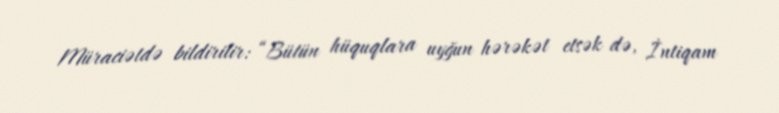
Müraciətdə bildirilir: “Bütün hüquqlara uyğun hərəkət etsək də, İntiqam